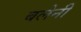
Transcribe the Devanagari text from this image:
बलेनी